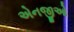
એનજીઓ